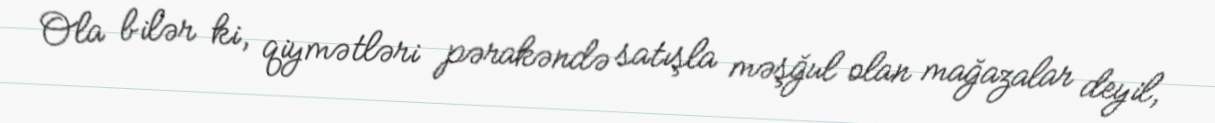
Ola bilər ki, qiymətləri pərakəndə satışla məşğul olan mağazalar deyil,